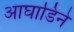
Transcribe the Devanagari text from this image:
आघाडिने